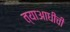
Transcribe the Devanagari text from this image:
त्याआधीची